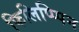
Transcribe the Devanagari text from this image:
फिलिप्प्पिन